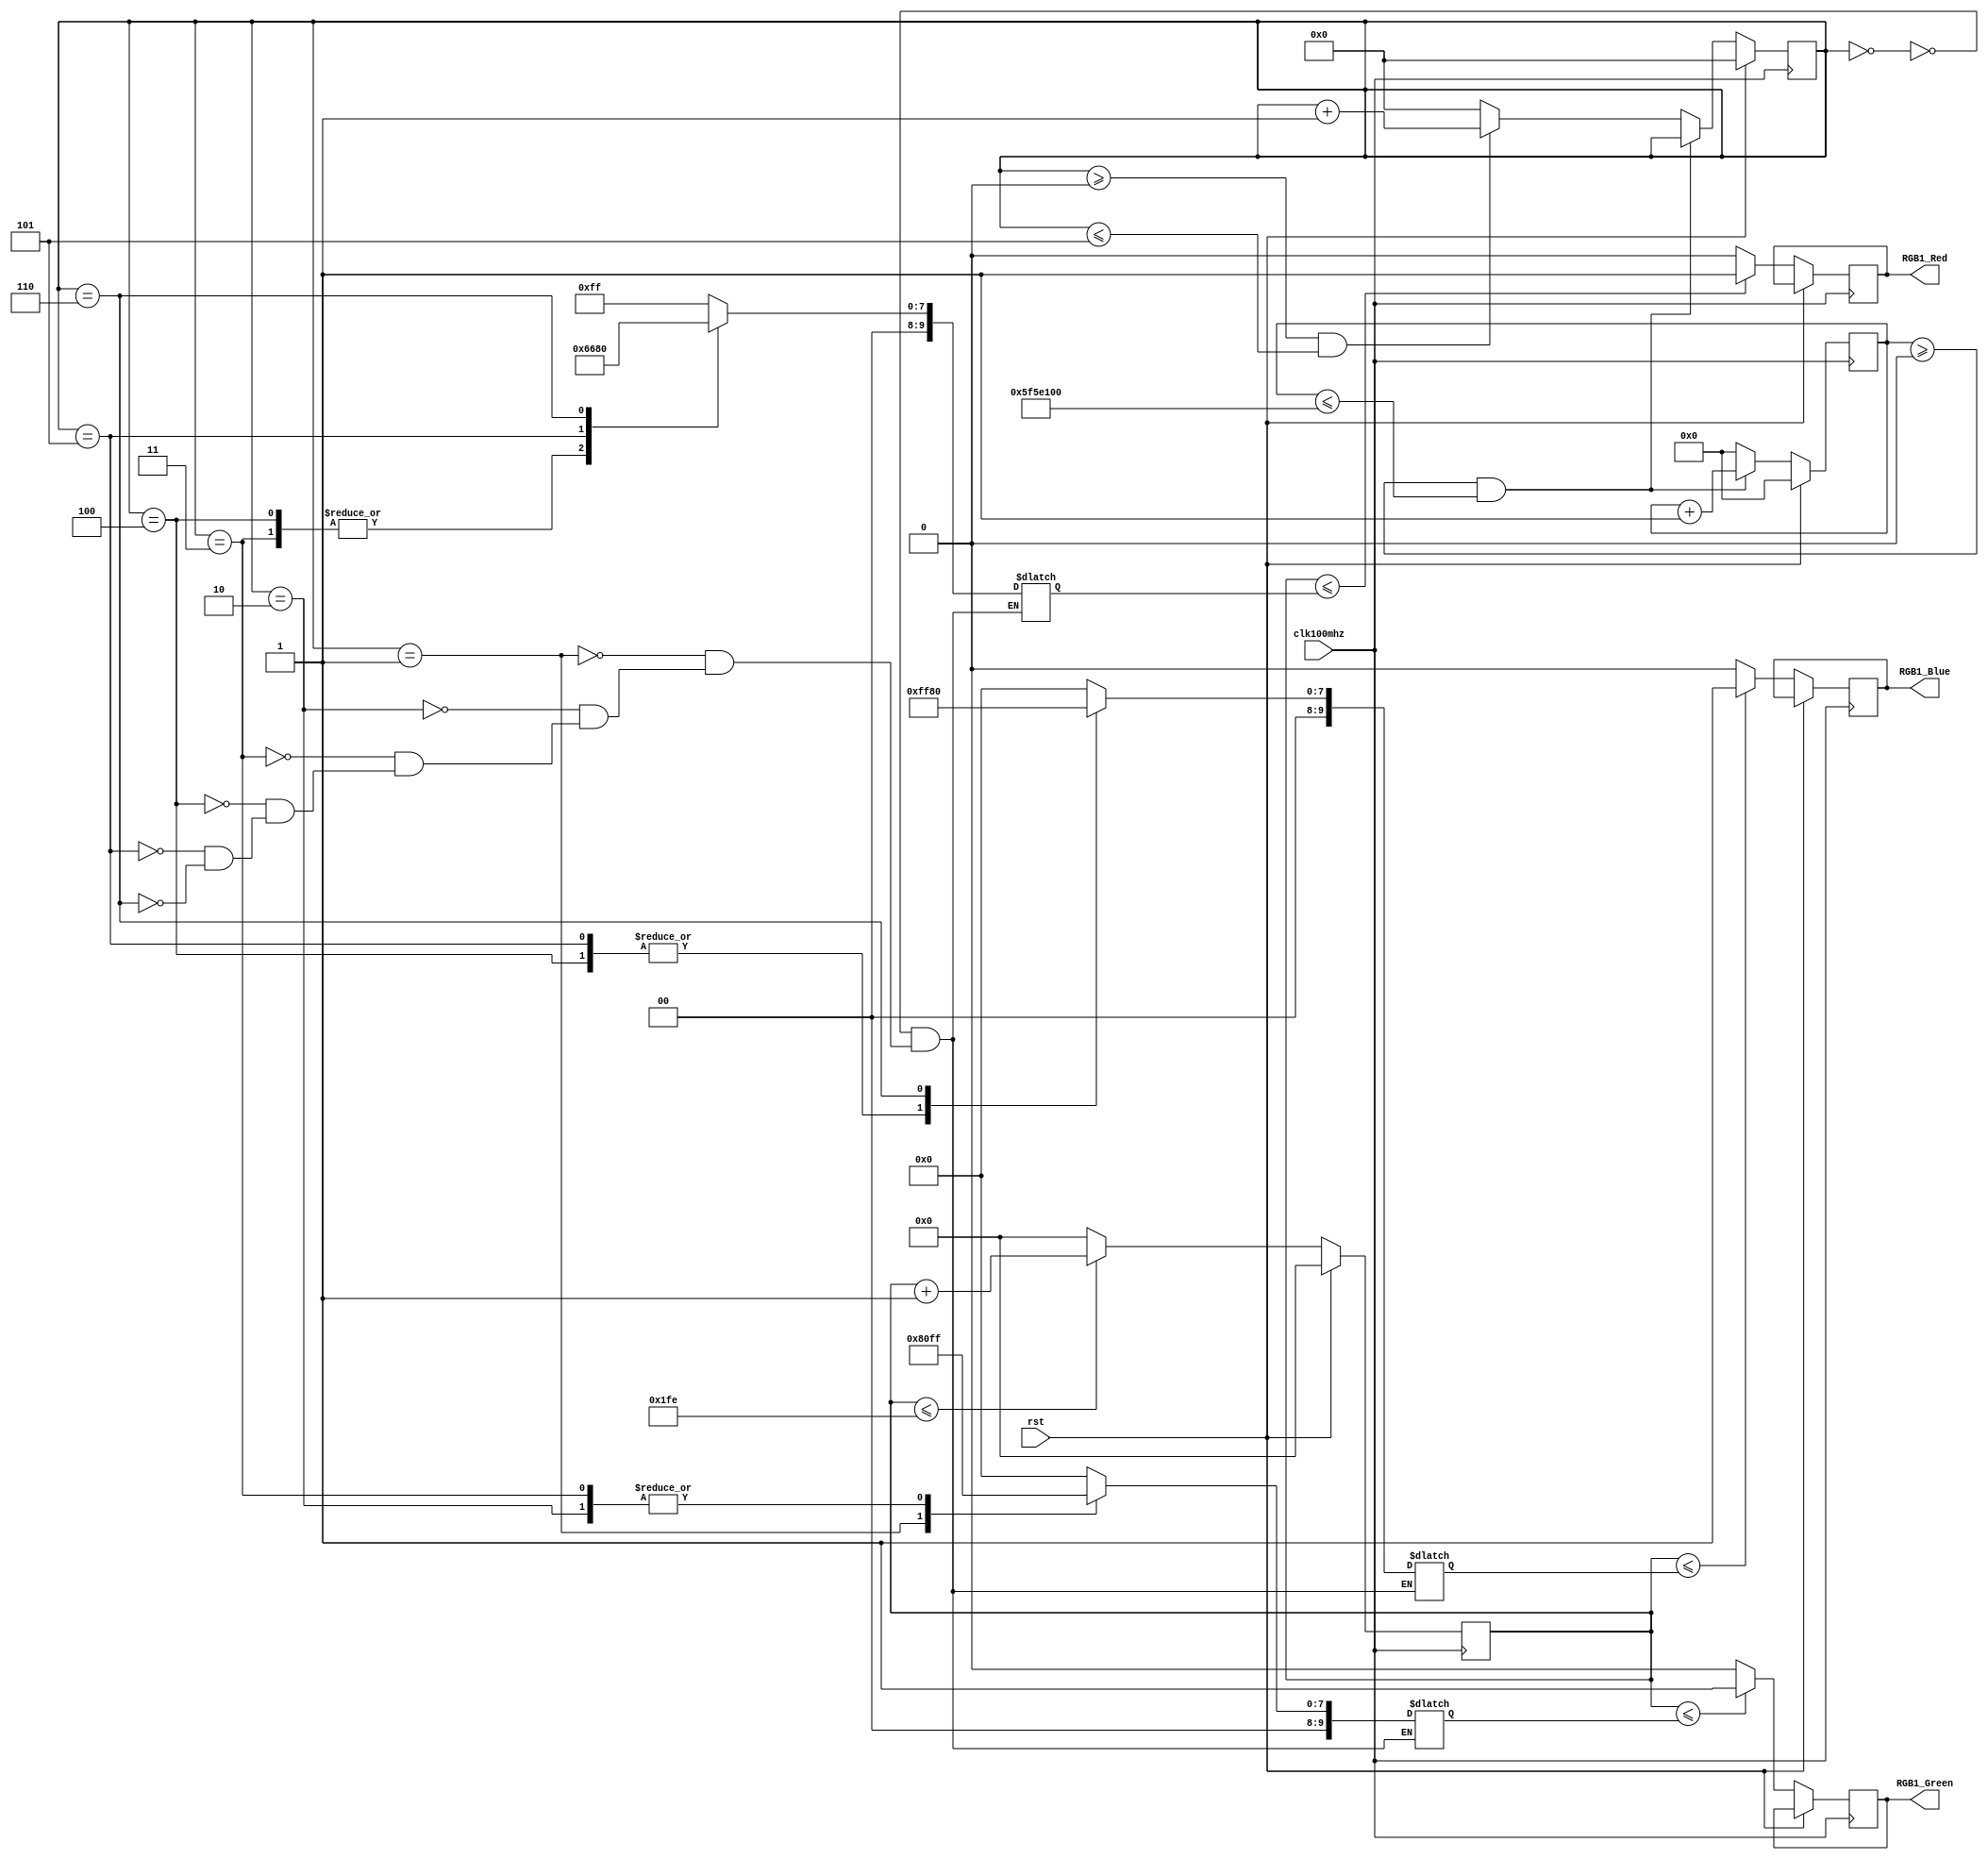
`timescale 1ns / 1ps
//////////////////////////////////////////////////////////////////////////////////
// Company: 
// Engineer: 
// 
// Design Name: 
// Module Name:    tri_led 
// Project Name: 
// Target Devices: 
// Tool versions: 
// Description: 
//
// Dependencies: 
//
// Revision: 
// Revision 0.01 - File Created
// Additional Comments: 
//
//////////////////////////////////////////////////////////////////////////////////
module tri_led(
	 clk100mhz,
	 rst,
	 RGB1_Red,
	 RGB1_Green,
	 RGB1_Blue,
);


input clk100mhz;
input rst;
output RGB1_Red;
output RGB1_Green;
output RGB1_Blue;
reg [31:0] cnt;   
reg [9:0] count_div;
reg [3:0] second;

reg [9:0] red;
reg [9:0] blue;
reg [9:0] green;

reg        Red_OUT1;
reg        Green_OUT2;
reg        Blue_OUT3;

always@(posedge clk100mhz)begin
	if(rst) begin
		cnt <= 32'd0; 
		second <= 4'd0;
	end else if (cnt >= 32'd0 && cnt <= 32'd100000000)
		cnt <= cnt + 32'd1;
	else begin
		cnt <= 32'd0;
		if (second >= 4'd0 && second <= 4'd5)
			second <= second + 4'd1;
		else
			second <= 4'd0;
	end
end

always@(posedge clk100mhz )	
begin
	if(rst)
		count_div <= 9'd0;
	else begin
		count_div <= (count_div<=510) ? count_div + 9'd1 : 9'd0;
		Red_OUT1 <= (count_div<=red) ? 1 : 0;
      Green_OUT2 <= (count_div<=green) ? 1 : 0;
      Blue_OUT3 <= (count_div<=blue) ? 1 : 0;
	end
end

always@(clk100mhz) begin
	case(second)
		4'd0:begin
			red <= 9'd255;
			green <= 9'd0;
			blue <= 9'd0;
		end
		4'd1:begin
			red <= 9'd255;
			green <= 9'd128;
			blue <= 9'd0;
		end
 		4'd2:  begin
			red <= 9'd255;
			green <= 9'd255;
			blue <= 9'd0;
		end
        4'd3:  begin
            red <= 9'd0;
            green <= 9'd255;
            blue <= 9'd0;
        end
        4'd4:  begin
            red <= 9'd0;
            green <= 9'd0;
            blue <= 9'd255;
        end
        4'd5:  begin
            red <= 9'd102;
            green <= 9'd0;
            blue <= 9'd255;
        end
        4'd6:  begin
            red <= 9'd128;
            green <= 9'd0;
            blue <= 9'd128;
        end
	endcase
end

assign RGB1_Red = (second == 4'd0) ? Red_OUT1 : (second == 4'd1)? Red_OUT1 : Red_OUT1;
assign RGB1_Green = (second == 4'd0) ? Green_OUT2 : (second == 4'd1)? Green_OUT2 : Green_OUT2;
assign RGB1_Blue = (second == 4'd0) ? Blue_OUT3 : (second == 4'd1)? Blue_OUT3 : Blue_OUT3;   


endmodule